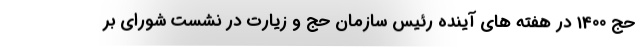
حج 1400 در هفته های آینده رئیس سازمان حج و زیارت در نشست شورای بر